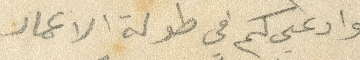
وادعي كم في طولة الاعمار